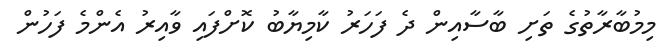
މިމުބާރާތުގެ ތަށި ބާސާއިން ދެ ފަހަރު ކާމިޔާބު ކޮށްފައި ވާއިރު އެންމެ ފަހުން